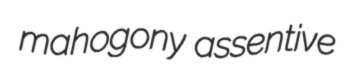
mahogony assentive